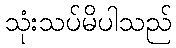
သုံးသပ်မိပါသည်